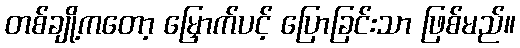
တစ်ချို့ကတော့ မြှောက်ပင့် ပြောခြင်းသာ ဖြစ်မည်။